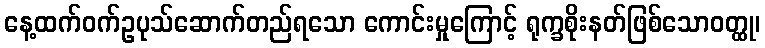
နေ့ထက်ဝက်ဥပုသ်ဆောက်တည်ရသော ကောင်းမှုကြောင့် ရုက္ခစိုးနတ်ဖြစ်သောဝတ္ထု၊